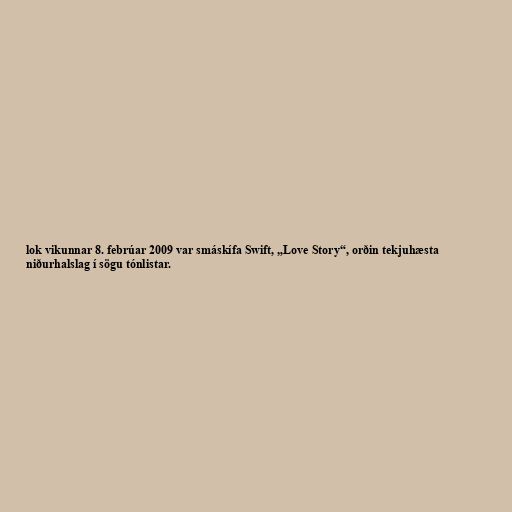
lok vikunnar 8. febrúar 2009 var smáskífa Swift, „Love Story“, orðin tekjuhæsta
niðurhalslag í sögu tónlistar.